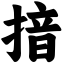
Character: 揞